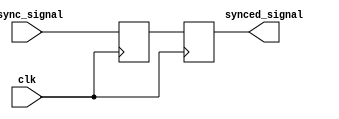
module dual_ff_synchronizer (
    input wire clk,            // Receiving clock (slower clock domain)
    input wire async_signal,   // Asynchronous input signal from faster clock domain
    output reg synced_signal    // Synchronized output signal
);

    // Internal signal to hold the output of the first flip-flop
    reg ff1_out;

    // First flip-flop to capture the asynchronous signal
    always @(posedge clk) begin
        ff1_out <= async_signal; // Capture async_signal on the rising edge of clk
    end

    // Second flip-flop to further synchronize the signal
    always @(posedge clk) begin
        synced_signal <= ff1_out; // Capture ff1_out on the rising edge of clk
    end

endmodule